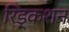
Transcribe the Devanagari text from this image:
रिड्कशन